Vaccine operations Central Provinces & Berar 1912-1920 - 1912-1920
Year: 1912
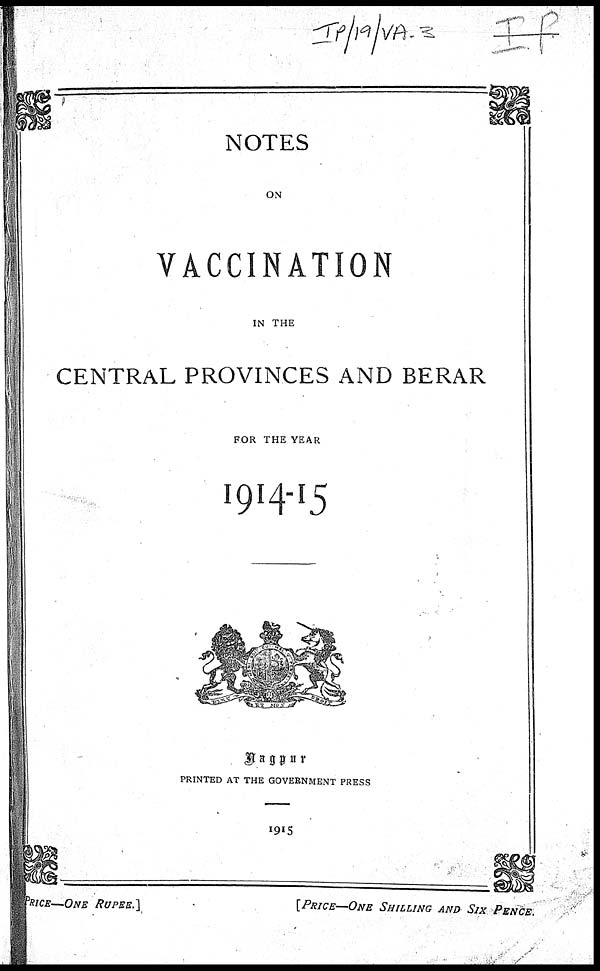
NOTES
ON
VACCINATION
IN THE
CENTRAL PROVINCES AND BERAR
FOR THE YEAR
1914-15
PRINTED AT THE GOVERNMENT PRESS
1915
PRICE—ONE
RUPEE.]
[PRICE—ONE
SHILLING AND SIX
PENCE.